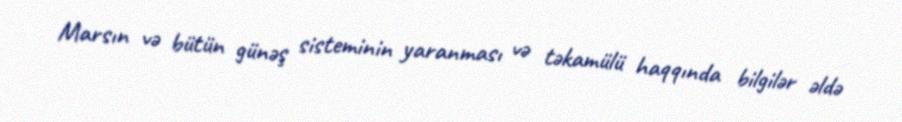
Marsın və bütün günəş sisteminin yaranması və təkamülü haqqında bilgilər əldə